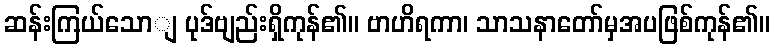
ဆန်းကြယ်သောျ ပုဒ်ဗျည်းရှိကုန်၏။ ဗာဟိရကာ၊ သာသနာတော်မှအပဖြစ်ကုန်၏။